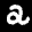
Label: 2